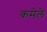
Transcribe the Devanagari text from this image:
कमेले